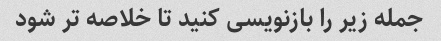
جمله زیر را بازنویسی کنید تا خلاصه تر شود